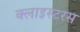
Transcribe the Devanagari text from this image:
क्लाइस्टरस